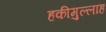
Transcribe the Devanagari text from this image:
हकीमुल्लाह